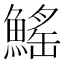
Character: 鰩